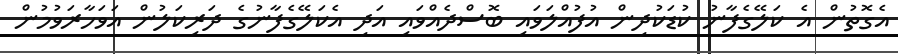
އެގޮތުން އެ ކަލޭގެފާނު ކުޑަކުދިން އުފުއްލަވައި ބޮސްދެއްވައި އަދި އެކަލޭގެފާނުގެ ދަރިކަލުން އަވަހާރަވުމުން